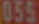
055